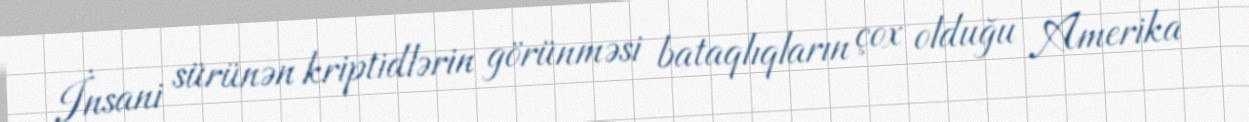
İnsani sürünən kriptidlərin görünməsi bataqlıqların çox olduğu Amerika